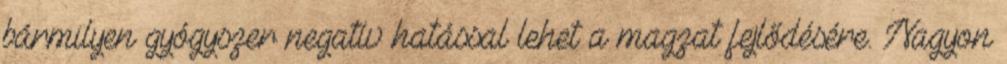
bármilyen gyógyszer negatív hatással lehet a magzat fejlődésére. Nagyon